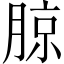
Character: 𰗉